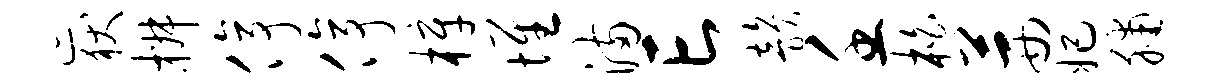
岳椒停停梓堆满亡韵壬柏茜妃脯